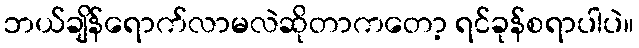
ဘယ်ချိန်ရောက်လာမလဲဆိုတာကတော့ ရင်ခုန်စရာပါပဲ။